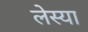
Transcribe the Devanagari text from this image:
लेस्या